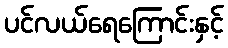
ပင်လယ်ရေကြောင်းနှင့်